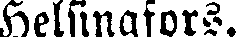
Helsingfors.